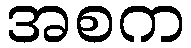
အစက